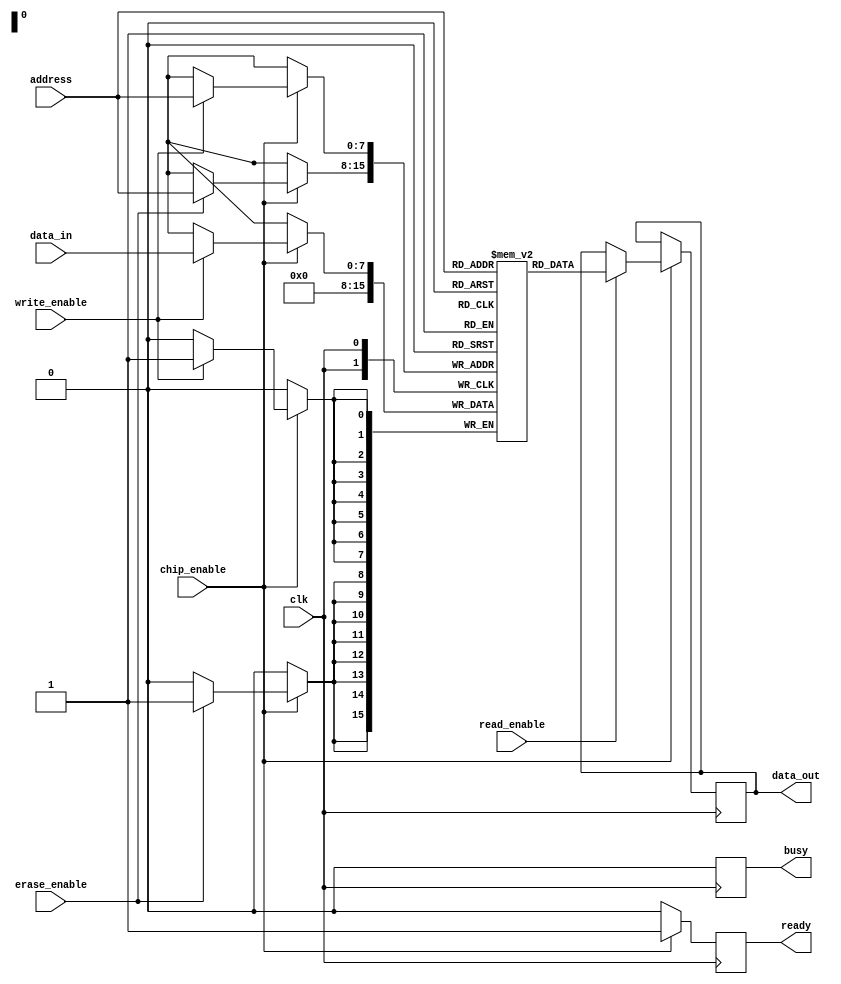
module NVSRAM #(
    parameter ADDR_WIDTH = 8, // Address width
    parameter DATA_WIDTH = 8,  // Data width
    parameter MEM_SIZE = 256    // Memory size (2^ADDR_WIDTH)
)(
    input wire clk,               // Clock signal
    input wire chip_enable,       // Chip enable signal
    input wire write_enable,      // Write enable signal
    input wire read_enable,       // Read enable signal
    input wire erase_enable,      // Erase enable signal
    input wire [ADDR_WIDTH-1:0] address, // Address input
    input wire [DATA_WIDTH-1:0] data_in, // Data input
    output reg [DATA_WIDTH-1:0] data_out, // Data output
    output reg ready,             // Status indicator
    output reg busy               // Status indicator
);

    // Memory array declaration
    reg [DATA_WIDTH-1:0] memory_array [0:MEM_SIZE-1];
    reg [DATA_WIDTH-1:0] nv_memory_array [0:MEM_SIZE-1]; // Non-volatile memory array

    // Address decoder (not explicitly shown, handled in read/write logic)
    
    // Control logic
    always @(posedge clk) begin
        if (!chip_enable) begin
            ready <= 1'b0; // Chip not enabled
            busy <= 1'b0;  // Not busy
        end else begin
            ready <= 1'b1; // Chip enabled
            busy <= 1'b1;  // Set busy flag

            // Write operation
            if (write_enable) begin
                memory_array[address] <= data_in; // Store data in SRAM
                nv_memory_array[address] <= data_in; // Store data in non-volatile memory
            end
            
            // Read operation
            if (read_enable) begin
                data_out <= memory_array[address]; // Read data from SRAM
            end
            
            // Erase operation
            if (erase_enable) begin
                memory_array[address] <= {DATA_WIDTH{1'b0}}; // Erase SRAM cell
                nv_memory_array[address] <= {DATA_WIDTH{1'b0}}; // Erase non-volatile cell
            end
            
            busy <= 1'b0; // Clear busy flag after operation
        end
    end

    // BIST (Built-In Self-Test) functionality can be added here
    // Additional features for power management and scalability can be implemented as needed

endmodule